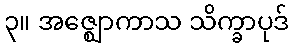
၃။ အဇ္ဈောကာသ သိက္ခာပုဒ်